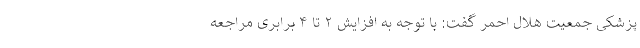
پزشکی جمعیت هلال احمر گفت: با توجه به افزایش ۲ تا ۴ برابری مراجعه